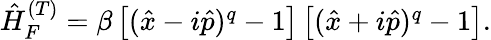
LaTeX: \begin{array}{r}{\hat{H}_{F}^{(T)}=\beta\left[(\hat{x}-i\hat{p})^{q}-1\right]\left[(\hat{x}+i\hat{p})^{q}-1\right].}\end{array}